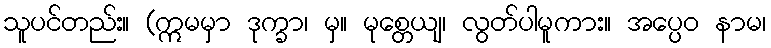
သူပင်တည်း။ (ဣမမှာ ဒုက္ခာ၊ မှ။ မုစ္တေယျ၊ လွတ်ပါမူကား။ အပ္ပေဝ နာမ၊